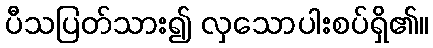
ပီသပြတ်သား၍ လှသောပါးစပ်ရှိ၏။